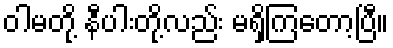
ဝါမတို့ နီပါးတို့လည်း မရှိကြတော့ပြီ။